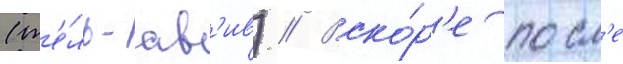
(т'е́ль-ав'ив) // Вско́р'е посл'е